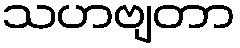
သဟဗျတာ